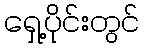
ရှေ့ပိုင်းတွင်